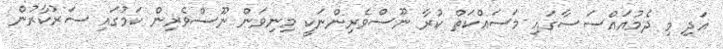
އަދި މި ދެމުއައްސަސާގައި މަސައްކަތް ކުރާ ނޫސްވެރިންނަކީ މިނިވަން ނޫސްވެރިން ކަމުގައި ސަރުކާރުން